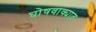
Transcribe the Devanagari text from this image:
घोषवाक्यात